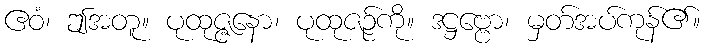
ဧဝံ၊ ဤအတူ။ ပုထုဇ္ဇနော၊ ပုထုဇဉ်ကို။ ဒဋ္ဌဗ္ဗော၊ မှတ်အပ်ကုန်၏။